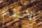
الانتقام